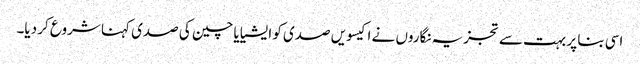
اسی بنا پر بہت سے تجزیہ نگاروں نے اکیسویں صدی کو ایشیا یا چین کی صدی کہنا شروع کر دیا۔